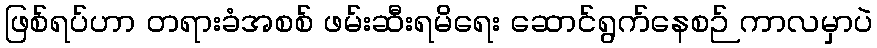
ဖြစ်ရပ်ဟာ တရားခံအစစ် ဖမ်းဆီးရမိရေး ဆောင်ရွက်နေစဉ် ကာလမှာပဲ